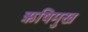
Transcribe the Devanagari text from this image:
ऋषिमुख